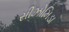
સીઝોમિડા